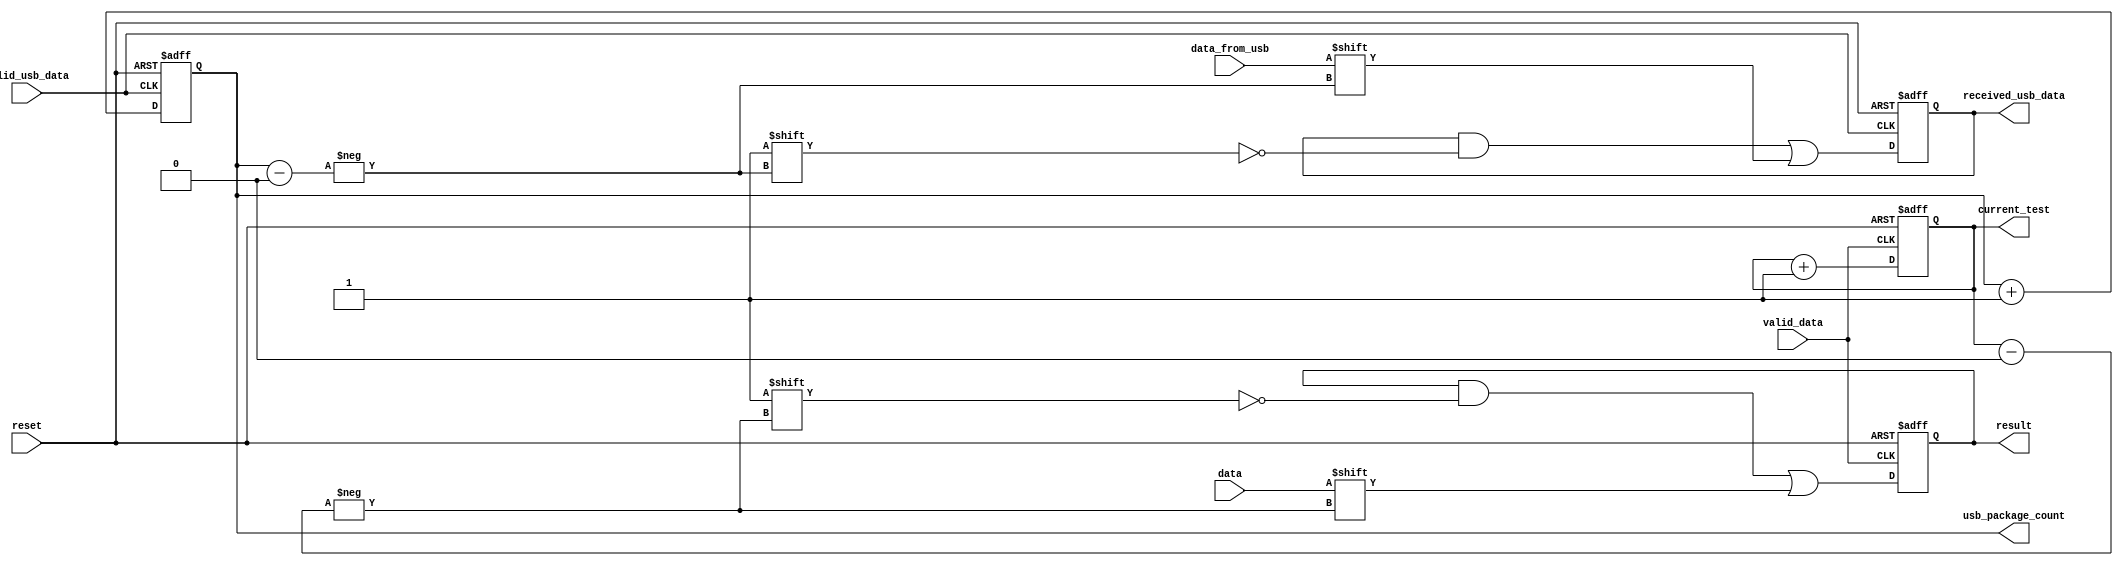
`timescale 1ns / 1ps
//////////////////////////////////////////////////////////////////////////////////
// Company: 
// Engineer: 
// 
// Design Name: 
// Module Name: special_reg
// Project Name: 
// Target Devices: 
// Tool Versions: 
// Description: 
// 
// Dependencies: 
// 
// Revision:
// Revision 0.01 - File Created
// Additional Comments:
// 
//////////////////////////////////////////////////////////////////////////////////


module special_reg(
    input               reset,
    input               valid_data,
    input               data,

    output reg [31:0]   result, 
    output reg [4:0]    current_test,

    input               data_from_usb,
    input               valid_usb_data,

    output reg [31:0]   received_usb_data,
    output reg [4:0]    usb_package_count
);


initial begin
    result              <= 32'h0;
    current_test        <= 5'h0;
    usb_package_count <= 5'h0;
end


always @(posedge valid_data or posedge reset) begin

    if (reset) begin
        result  <= 32'h0;
        current_test <= 5'h0;
    end else begin 
        result[current_test] <= data;
        current_test <= current_test + 1;
    end

end

always @(posedge valid_usb_data or posedge reset) begin

    if (reset) begin
        received_usb_data <= 32'h0;
        usb_package_count <= 5'h0;
    end else begin
        received_usb_data[usb_package_count] <= data_from_usb;
        usb_package_count <= usb_package_count + 1;
    end

end

endmodule